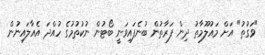
"ވަގުތު" އަށް މައުލޫމާތު ދިން ފަރާތުން ބުނެފައިވަނީ ބޯޓުން ނުކުތުމުގެ ހުއްދަ އެއާލައިނުން